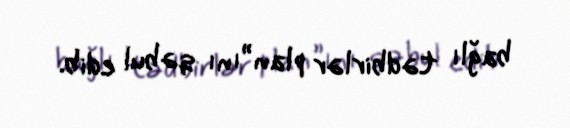
bağlı tədbirlər plan”ını qəbul edib.